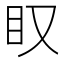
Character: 𥃫